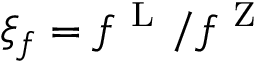
\xi _ { f } = f ^ { \mathrm { ~ L ~ } } / f ^ { \mathrm { ~ Z ~ } }